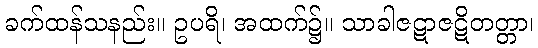
ခက်ထန်သနည်း။ ဥပရိ၊ အထက်၌။ သာခါဇဋာဇဋိတတ္တာ၊